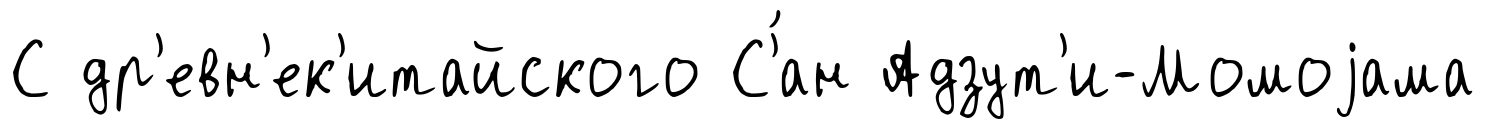
С др'евн'ек'итайского С'́ан Адзут'и-Момоjама